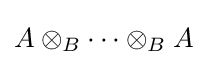
A\otimes _{B}\cdots \otimes _{B}A